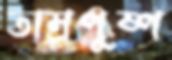
তাম্রপুষ্প